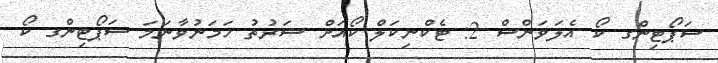
ސަޕޯޓިންގ ކޯ އެލަވަންސް 2: ޓެކްނިކަލް ކޯއަށް ޝަރުތު ހަމަނުވާނަމަ ސަޕޯޓިންގ ކޯ